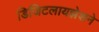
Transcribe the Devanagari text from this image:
डिजिटलायझेशने